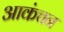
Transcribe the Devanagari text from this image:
आकंचन